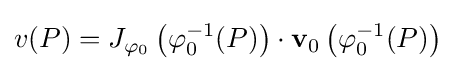
v(P)=J_{\varphi _{0}}\left(\varphi _{0}^{-1}(P)\right)\cdot {\mathbf {v} }_{0}\left(\varphi _{0}^{-1}(P)\right)